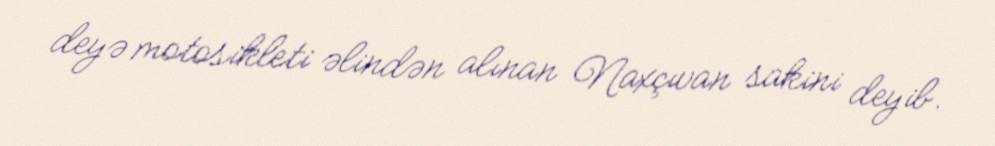
deyə motosikleti əlindən alınan Naxçıvan sakini deyib.